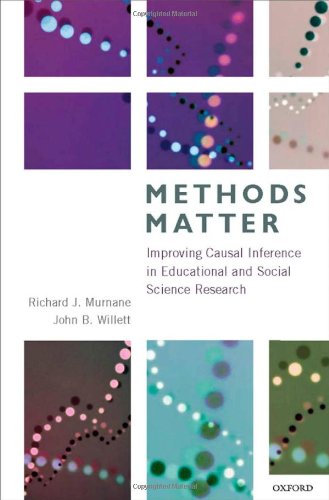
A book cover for Methods Matter: Improving Causal Inference in Educational and Social Science Research; Richard J. Murnane; Medical Books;